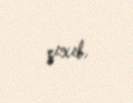
çıxıb.